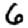
Digit: 6